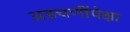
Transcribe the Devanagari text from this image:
अडचणींपेक्षा